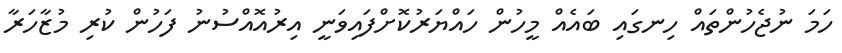
ހަމަ ނުޖެހުންތައް ހިނގައި ބައެއް މީހުން ހައްޔަރުކޮށްފައިވަނީ އިރުއޮއްސުނު ފަހުން ކުރި މުޒާހަރާ